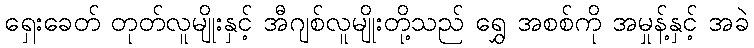
ရှေးခေတ် တုတ်လူမျိုးနှင့် အီဂျစ်လူမျိုးတို့သည် ရွှေ အစစ်ကို အမှုန့်နှင့် အခဲ